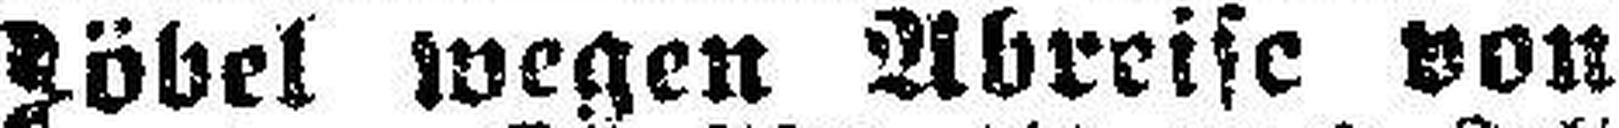
Möbel wegen Abreise von